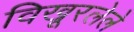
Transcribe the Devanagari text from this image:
विखूरलेले